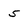
Character: 5